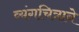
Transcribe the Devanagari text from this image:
व्यंगचित्राने